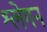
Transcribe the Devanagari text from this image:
श्लेगन